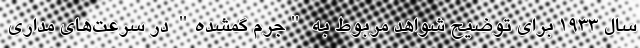
سال ۱۹۳۳ برای توضیح شواهد مربوط به "جرم گمشده" در سرعت‌های مداری